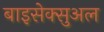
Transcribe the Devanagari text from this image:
बाइसेक्सुअल